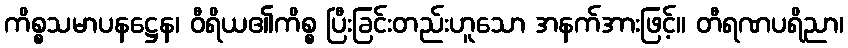
ကိစ္စသမာပနဋ္ဌေန၊ ဝီရိယ၏ကိစ္စ ပြီးခြင်းတည်းဟူသော အနက်အားဖြင့်။ တီရဏပရိညာ၊